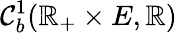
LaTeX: \mathcal{C}_{b}^{1}(\mathbb{R}_{+}\times E,\mathbb{R})